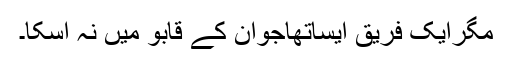
مگرایک فریق ایساتھاجوان کے قابو میں نہ آسکا۔